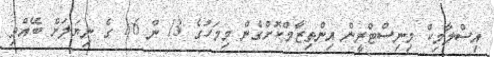
އިސްލާމިކް މިނިސްޓްރީން އިންތިޒާމްކޮށްގެން މިމަހުގެ 13 ން 16 ގެ ނިޔަލަށް ބޭއްވި